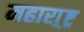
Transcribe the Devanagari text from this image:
महारा़्ष्ट्र